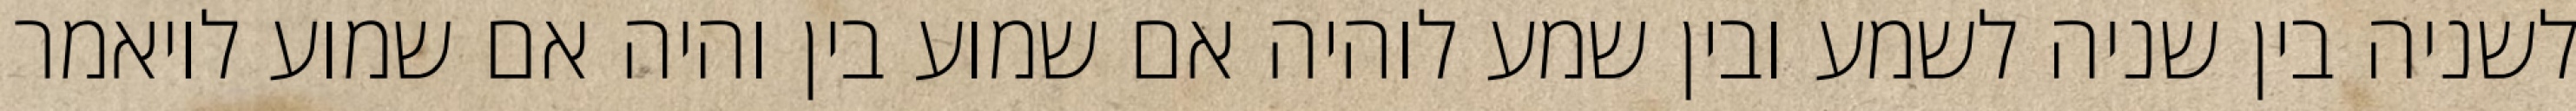
לשניה בין שניה לשמע ובין שמע לוהיה אם שמוע בין והיה אם שמוע לויאמר